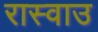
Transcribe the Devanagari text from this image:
रास्वाउ